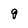
Character: g